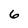
Character: 6